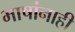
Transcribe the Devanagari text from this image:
भाषांनाही